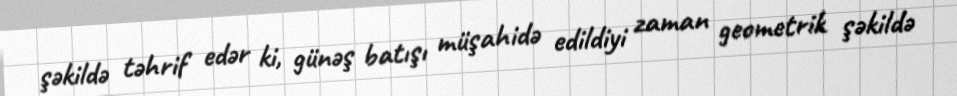
şəkildə təhrif edər ki, günəş batışı müşahidə edildiyi zaman geometrik şəkildə